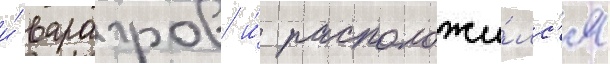
и́ варагров и́ расположи́лс'я